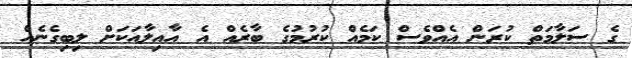
ގެ ސަލާމަތް ކުރަން އެއްވެސް ކަމެއް ކުރުމުގެ ބާރެއް އެ އާއިލާއަކަށް ލިބިގެނެއް